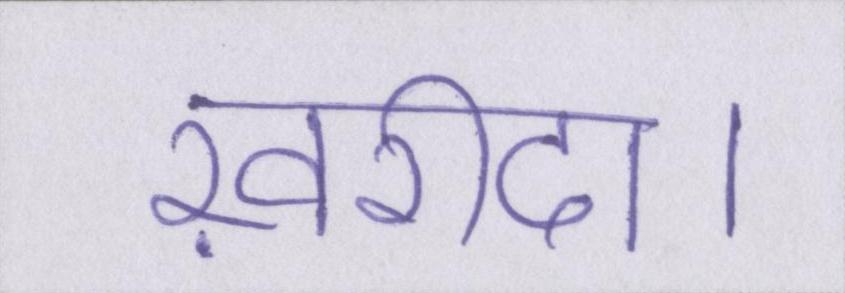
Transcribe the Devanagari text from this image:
ख़रीदा।